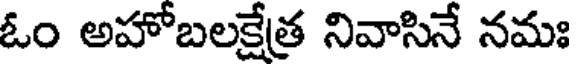
ఓం అహోబలక్షేత్ర నివాసినే నమః